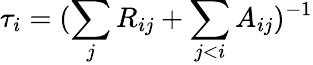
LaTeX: \tau_{i}=(\sum_{j}R_{ij}+\sum_{j<i}A_{ij})^{-1}